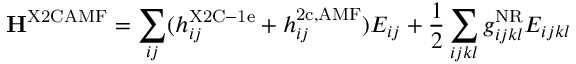
\ensuremath { \mathbf { H ^ { \mathrm { X 2 C A M F } } } } = \sum _ { i j } ( h _ { i j } ^ { \mathrm { X 2 C - 1 e } } + h _ { i j } ^ { \mathrm { 2 c , A M F } } ) E _ { i j } + \frac { 1 } { 2 } \sum _ { i j k l } g _ { i j k l } ^ { \mathrm { N R } } E _ { i j k l }